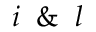
i \And l